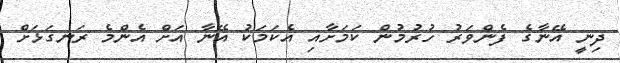
ދިނީ އޭނާގެ ފެންވަރު ހުރުމުން ކަމަށާއި އެކަމަކު އޭނާ އަށް އެންމެ ރަނގަޅަށް